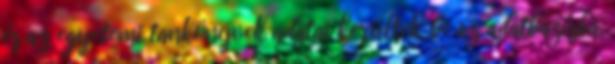
és az egyetemi tankönyvek adatai kerültek be az adatbázisba,